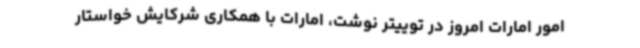
امور امارات امروز در توییتر نوشت، امارات با همکاری شرکایش خواستار